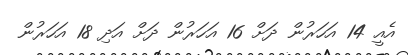
އެއީ 14 އަހަރުން ދަށް 16 އަހަރުން ދަށް އަދި 18 އަހަރުން